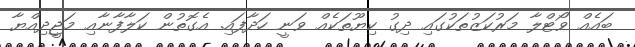
ބައެއް ވޯޓްލާ މަރުކަޒުތަކުގައި ދިގު ކިޔޫތަކެއް ވަނީ ހަދާފައި. އެގޮތުން ކަލާފާނާއި މަޖީދިއްޔާ